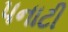
પનાટી